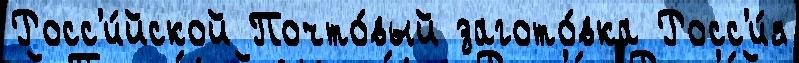
Росс'и́йской Почто́вый загото́вка Росс'и́я